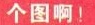
个图啊！